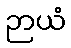
ဉာယံ